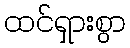
ထင်ရှားစွာ